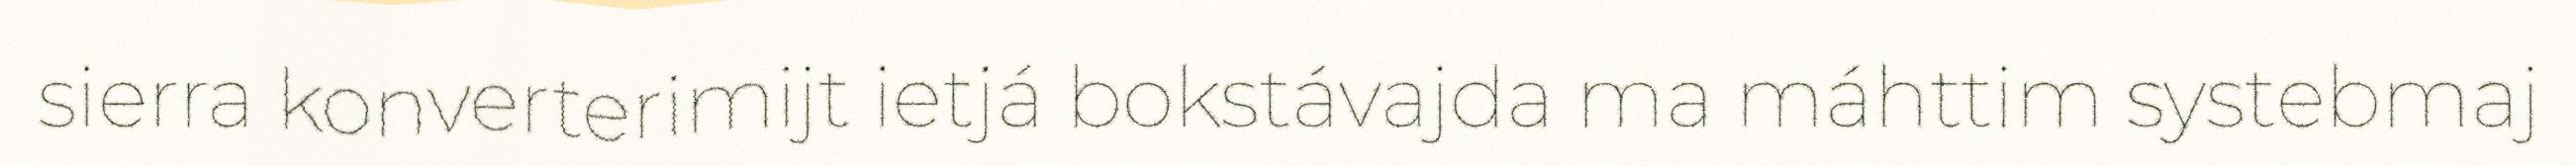
sierra konverterimijt ietjá bokstávajda ma máhttim systebmaj